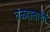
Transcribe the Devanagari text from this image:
तळहाताची